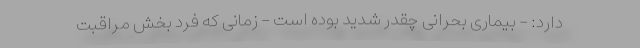
دارد: - بیماری بحرانی چقدر شدید بوده است - زمانی که فرد بخش مراقبت